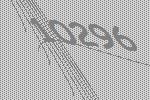
10296